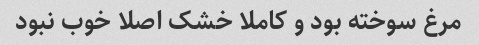
مرغ سوخته بود و کاملا خشک اصلا خوب نبود